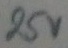
Text: 25V